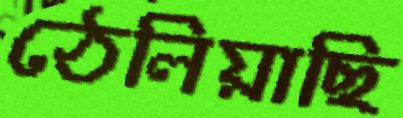
ঠেলিয়াছি